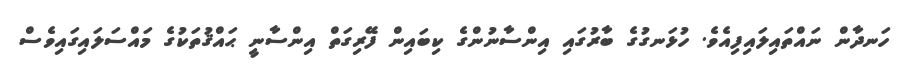
ހަނދާން ނައްތައިލައިފިއެވެ. ހުޅަނގުގެ ބާރުގައި އިންސާނުންގެ ކިބައިން ފޭރިގަތް އިންސާނީ ޙައްޤުތަކުގެ މައްސަލައިގައިވެސް